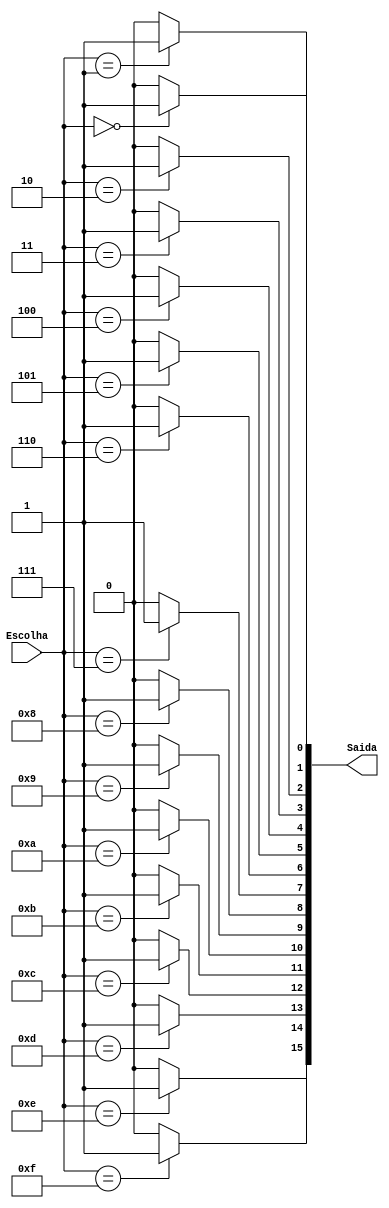
module demux16(
    input [3:0] Escolha,
    output [15:0] Saida
);

assign Saida[0] = Escolha==4'd0 ? 1'b1 : 1'b0;
assign Saida[1] = Escolha==4'd1 ? 1'b1 : 1'b0;
assign Saida[2] = Escolha==4'd2 ? 1'b1 : 1'b0;
assign Saida[3] = Escolha==4'd3 ? 1'b1 : 1'b0;
assign Saida[4] = Escolha==4'd4 ? 1'b1 : 1'b0;
assign Saida[5] = Escolha==4'd5 ? 1'b1 : 1'b0;
assign Saida[6] = Escolha==4'd6 ? 1'b1 : 1'b0;
assign Saida[7] = Escolha==4'd7 ? 1'b1 : 1'b0;
assign Saida[8] = Escolha==4'd8 ? 1'b1 : 1'b0;
assign Saida[9] = Escolha==4'd9 ? 1'b1 : 1'b0;
assign Saida[10] = Escolha==4'd10 ? 1'b1 : 1'b0;
assign Saida[11] = Escolha==4'd11 ? 1'b1 : 1'b0;
assign Saida[12] = Escolha==4'd12 ? 1'b1 : 1'b0;
assign Saida[13] = Escolha==4'd13 ? 1'b1 : 1'b0;
assign Saida[14] = Escolha==4'd14 ? 1'b1 : 1'b0;
assign Saida[15] = Escolha==4'd15 ? 1'b1 : 1'b0;
endmodule